Leningradi_Edasi_toimetus, lk 113
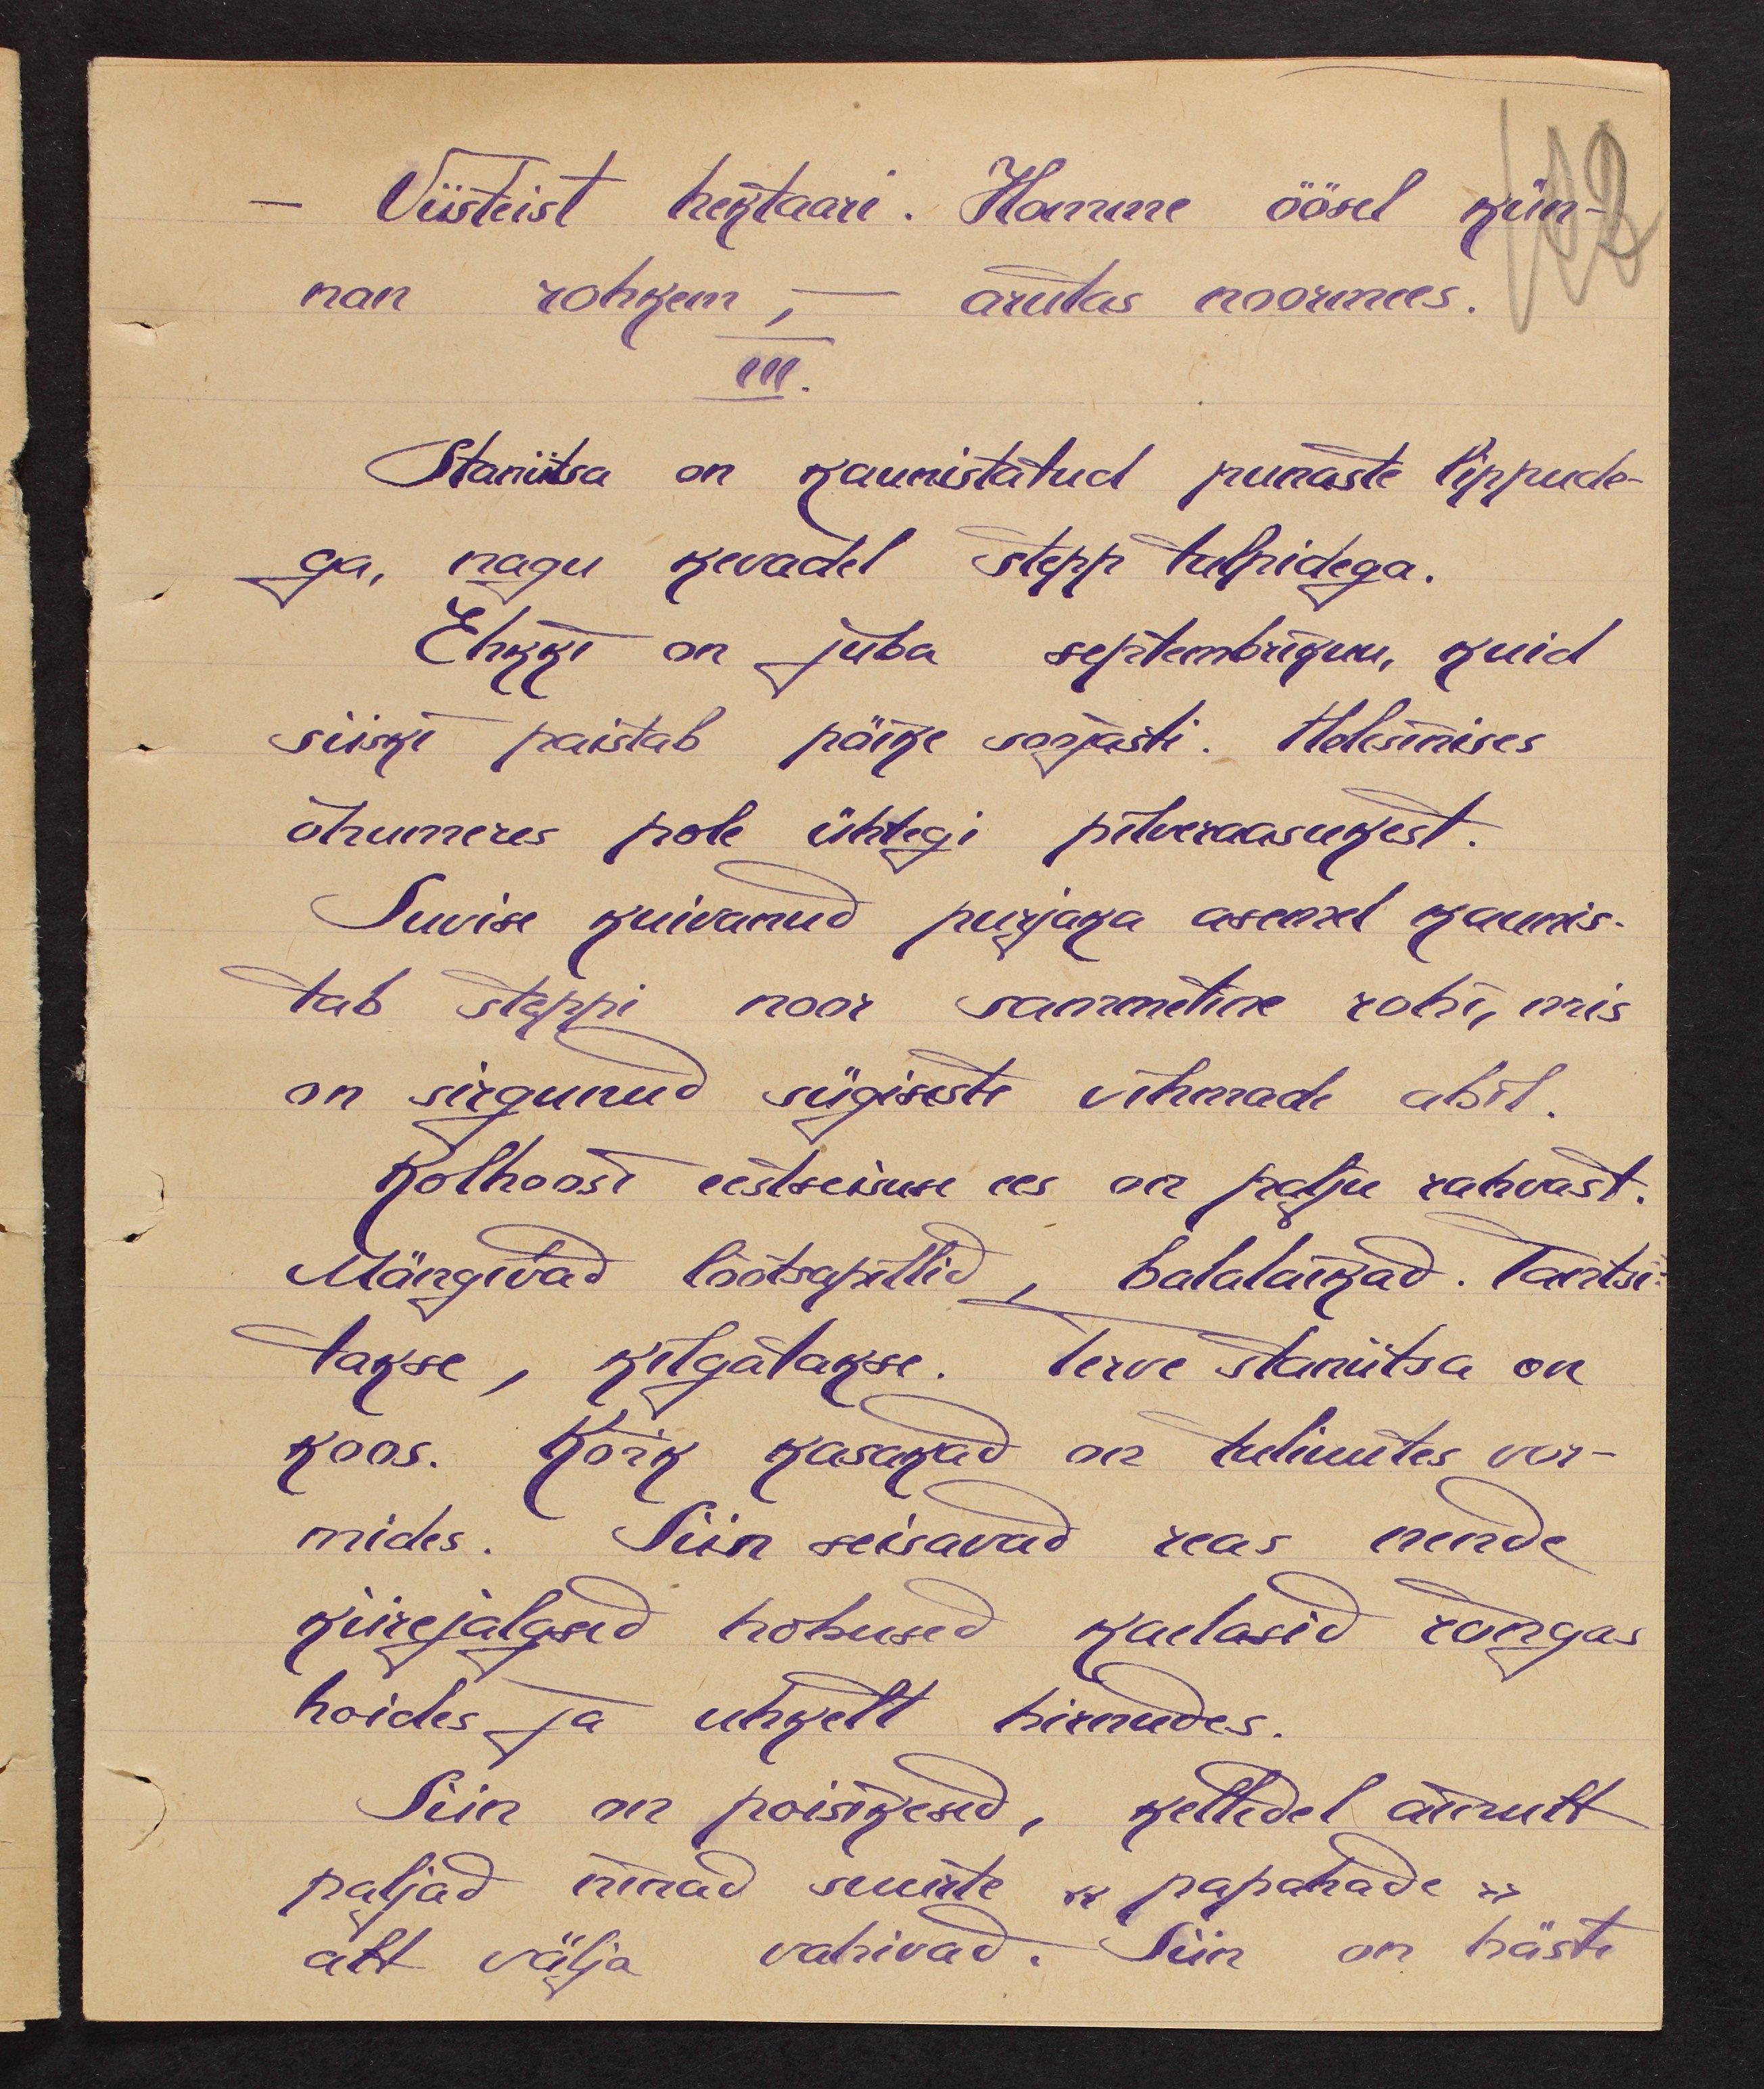
- Viisteist hektaari. Homme öösel kün-
nan rohkem - arutas noormees.
III.
Staniitsa on kaunistatud punaste lippude-
ga, nagu kevadel stepp tulpidega.
Ehkki on juba septembrikuu, kuid
siiski paistab päike soojasti. Helesinises
õhumeres pole ühtegi pilveraasukest.
Suwise kuivanud purjaka asemel kaunis-
tab steppi noor sammetine rohi, mis
on sirgunud sügiseste vihmade abil.
Kolhoosi eestseisuse ees on palju rahvast.
Mängivad lõõtspillid, balalaikad. Tantsi-
takse, kilgatakse. Terve staniitsa on
koos. Kõik kasakad on tuliuutes vor-
mides. Siin seisavad reas nende
kiirejalgsed hobused kaelasid rõngas
hoides ja uhkelt hirnudes.
Siin on poisikesed, kelledel ainult
paljad ninad suurte "papahade"
alt välja vahivad. Siin on hästi